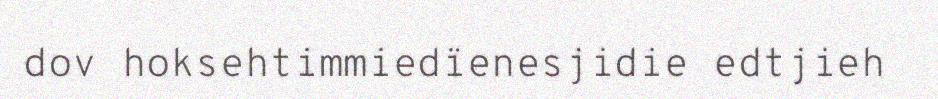
dov hoksehtimmiedïenesjidie edtjieh